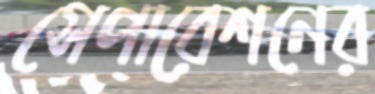
সেপারেশনের